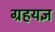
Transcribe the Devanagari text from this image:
ग्रहयज्ञ